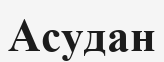
Асудан